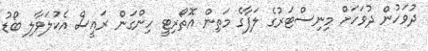
ދުވަހުން ދުވަހަށް މިނިސްޓަރުގެ ލަފާގެ މަތިން އޮތޯރިޓީ ހިންގަން ރައީސް އެކުލަވާލި ބޯޑު